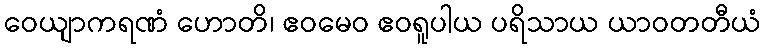
ဝေယျာကရဏံ ဟောတိ၊ ဧဝမေဝ ဧဝရူပါယ ပရိသာယ ယာဝတတီယံ